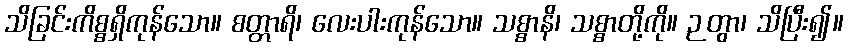
သိခြင်းကိစ္စရှိကုန်သော။ စတ္တာရိ၊ လေးပါးကုန်သော။ သစ္စာနိ၊ သစ္စာတို့ကို။ ဉတွာ၊ သိပြီး၍။